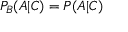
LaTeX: P _ { B } ( A | C ) = P ( A | C )